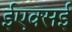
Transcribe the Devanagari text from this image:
ईएक्सई